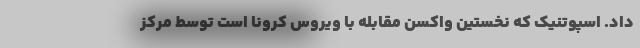
داد. اسپوتنیک که نخستین واکسن مقابله با ویروس کرونا است توسط مرکز